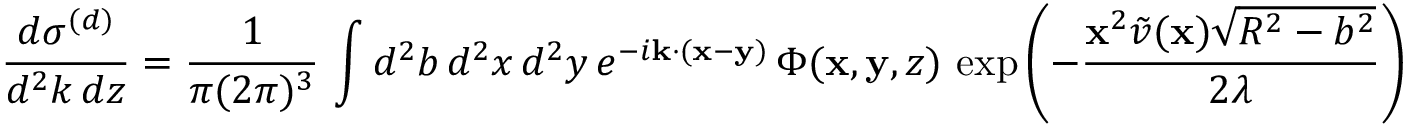
\frac { d \sigma ^ { ( d ) } } { d ^ { 2 } k \, d z } = \frac { 1 } { \pi ( 2 \pi ) ^ { 3 } } \, \int d ^ { 2 } b \, d ^ { 2 } x \, d ^ { 2 } y \, e ^ { - i { \bf k } \cdot ( { \bf x } - { \bf y } ) } \, \Phi ( { \bf x } , { \bf y } , z ) \, \exp \left( - \frac { { \bf x } ^ { 2 } \tilde { v } ( { \bf x } ) \sqrt { R ^ { 2 } - b ^ { 2 } } } { 2 \lambda } \right) \, \exp \left( - \frac { { \bf y } ^ { 2 } \tilde { v } ( { \bf y } ) \sqrt { R ^ { 2 } - b ^ { 2 } } } { 2 \lambda } \right)